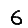
Digit: 6